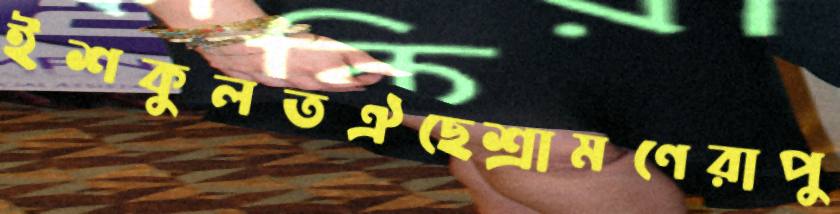
ইশকুলতঐছেশ্রামণেরাপু